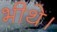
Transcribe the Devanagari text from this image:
भीथे।